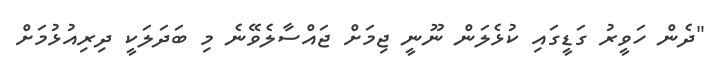
"ދެން ހަވީރު ގަޑީގައި ކުޅެލަން ނޫނީ ޖިމަށް ޖައްސާލެވޭނެ މި ބަދަލަކީ ދިރިއުޅުމަށް